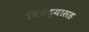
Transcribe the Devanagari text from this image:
बिबट्यासह